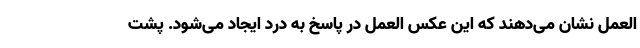
العمل نشان می‌دهند که این عکس العمل در پاسخ به درد ایجاد می‌شود. پشت